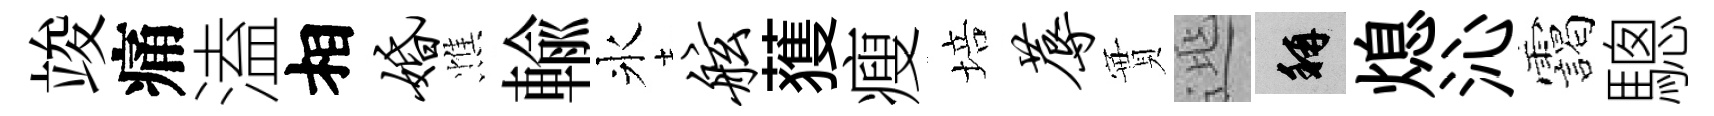
竣痛溘相婚憔輸氷舷𫉬瘦培蓐實𨓱稱熄沁靄驄